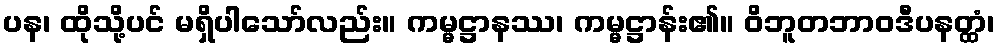
ပန၊ ထိုသို့ပင် မရှိပါသော်လည်း။ ကမ္မဋ္ဌာနဿ၊ ကမ္မဋ္ဌာန်း၏။ ဝိဘူတဘာဝဒီပနတ္ထံ၊